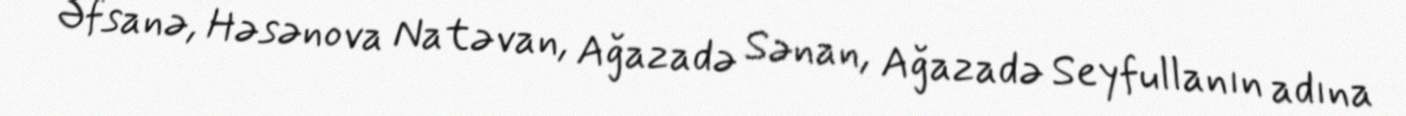
Əfsanə, Həsənova Natəvan, Ağazadə Sənan, Ağazadə Seyfullanın adına